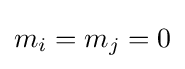
m_{i}=m_{j}=0